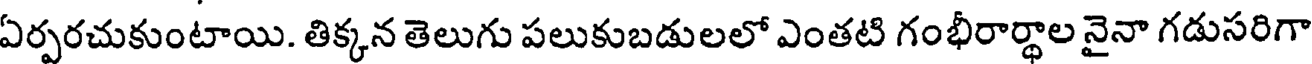
ఏర్పరచుకుంటాయి. తిక్కన తెలుగు పలుకుబడులలో ఎంతటి గంభీరార్థాల నైనా గడుసరిగా